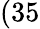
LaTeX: (35